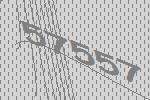
57557